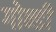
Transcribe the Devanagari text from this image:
गोन्डी